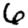
Digit: 6